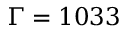
\Gamma = 1 0 3 3